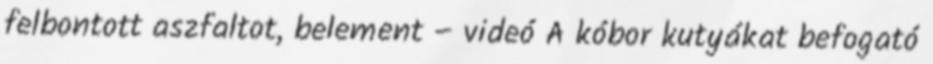
felbontott aszfaltot, belement – videó A kóbor kutyákat befogató